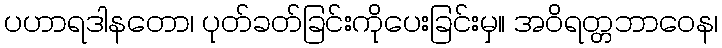
ပဟာရဒါနတော၊ ပုတ်ခတ်ခြင်းကိုပေးခြင်းမှ။ အဝိရတ္တဘာဝေန၊